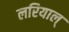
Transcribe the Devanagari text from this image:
लरियाल्